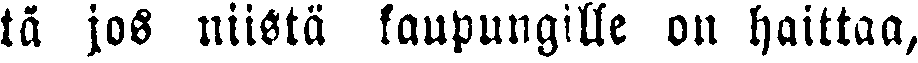
ta jos niistä kaupungille on haittaa,